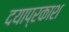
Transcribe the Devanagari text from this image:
दयाप्रकाश